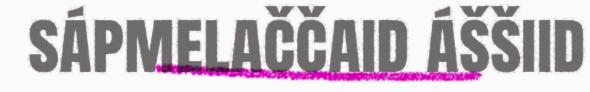
sápmelaččaid áššiid